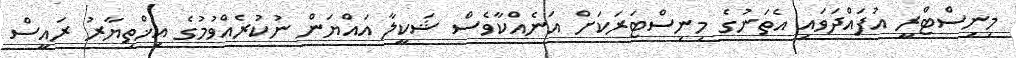
މިނިސްޓްރީ އުފައްދަވައި އެތަނުގެ މިނިސްޓަރަކަށް އަނެއްކާވެސް ޝަކީލާ އައްޔަން ނުކުރެއްވުމުގެ އިޚްތިޔާރު ރައީސް